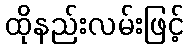
ထိုနည်းလမ်းဖြင့်